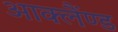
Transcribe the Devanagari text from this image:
आक्लैंण्ड